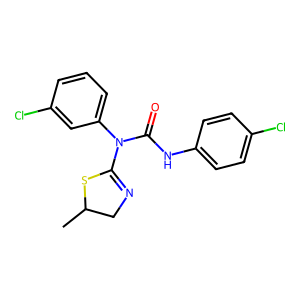
SMILES: CC1CN=C(N(C(=O)Nc2ccc(Cl)cc2)c2cccc(Cl)c2)S1
Inhibits HIV replication: No